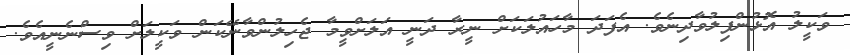
ވަކީލު އޮޅުންފިލުވާދިނެވެ. އެފަދަ މާހައުލަކަށް ނީރާ ދަނީ އަލަށްވީމާ ޖެހިލުންވާނޭކަން ވަކީލަށް ވިސްނެނީއެވެ.